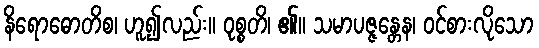
နိရောဓောတိစ၊ ဟူ၍လည်း။ ဝုစ္စတိ၊ ၏။ သမာပဇ္ဇန္တေန၊ ဝင်စားလိုသော